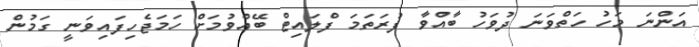
އަންނަ މަހު ހަތްވަނަ ދުވަހު ބާއްވާ ފުރަތަމަ ފްލައިޓް ބޭއްވުމަށް ހަމަޖެހިފައިވަނީ ގަމުން